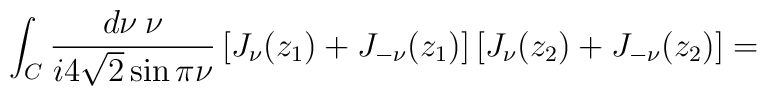
\int_C    \frac{d\nu \: \nu}{i 4\sqrt{2} \sin \pi\nu} \left[ J_\nu(z_1) +    J_{-\nu}(z_1)    \right] \left[ J_\nu(z_2) + J_{-\nu}(z_2) \right] = \; \; \; \; \; \;    \;\;\;\;\;\;\;\;\;\;\;\;\;\;\;\;\;\;\;\;\;\;\;\;\;